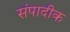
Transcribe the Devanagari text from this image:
संपादीक